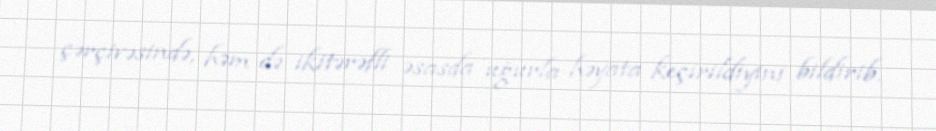
çərçivəsində, həm də ikitərəfli əsasda uğurla həyata keçirildiyini bildirib.